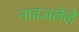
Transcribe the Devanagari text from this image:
नावजलेले